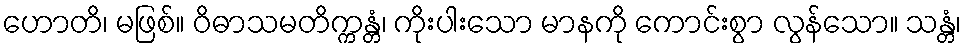
ဟောတိ၊ မဖြစ်။ ဝိဓာသမတိက္ကန္တံ၊ ကိုးပါးသော မာနကို ကောင်းစွာ လွန်သော။ သန္တံ၊